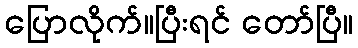
ပြောလိုက်။ပြီးရင် တော်ပြီ။